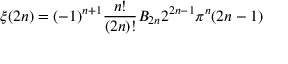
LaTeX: \xi ( 2 n ) = ( - 1 ) ^ { n + 1 } { \frac { n ! } { ( 2 n ) ! } } B _ { 2 n } 2 ^ { 2 n - 1 } \pi ^ { n } ( 2 n - 1 )